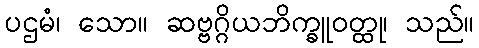
ပဌမံ၊ သော။ ဆဗ္ဗဂ္ဂိယဘိက္ခူဝတ္ထု၊ သည်။